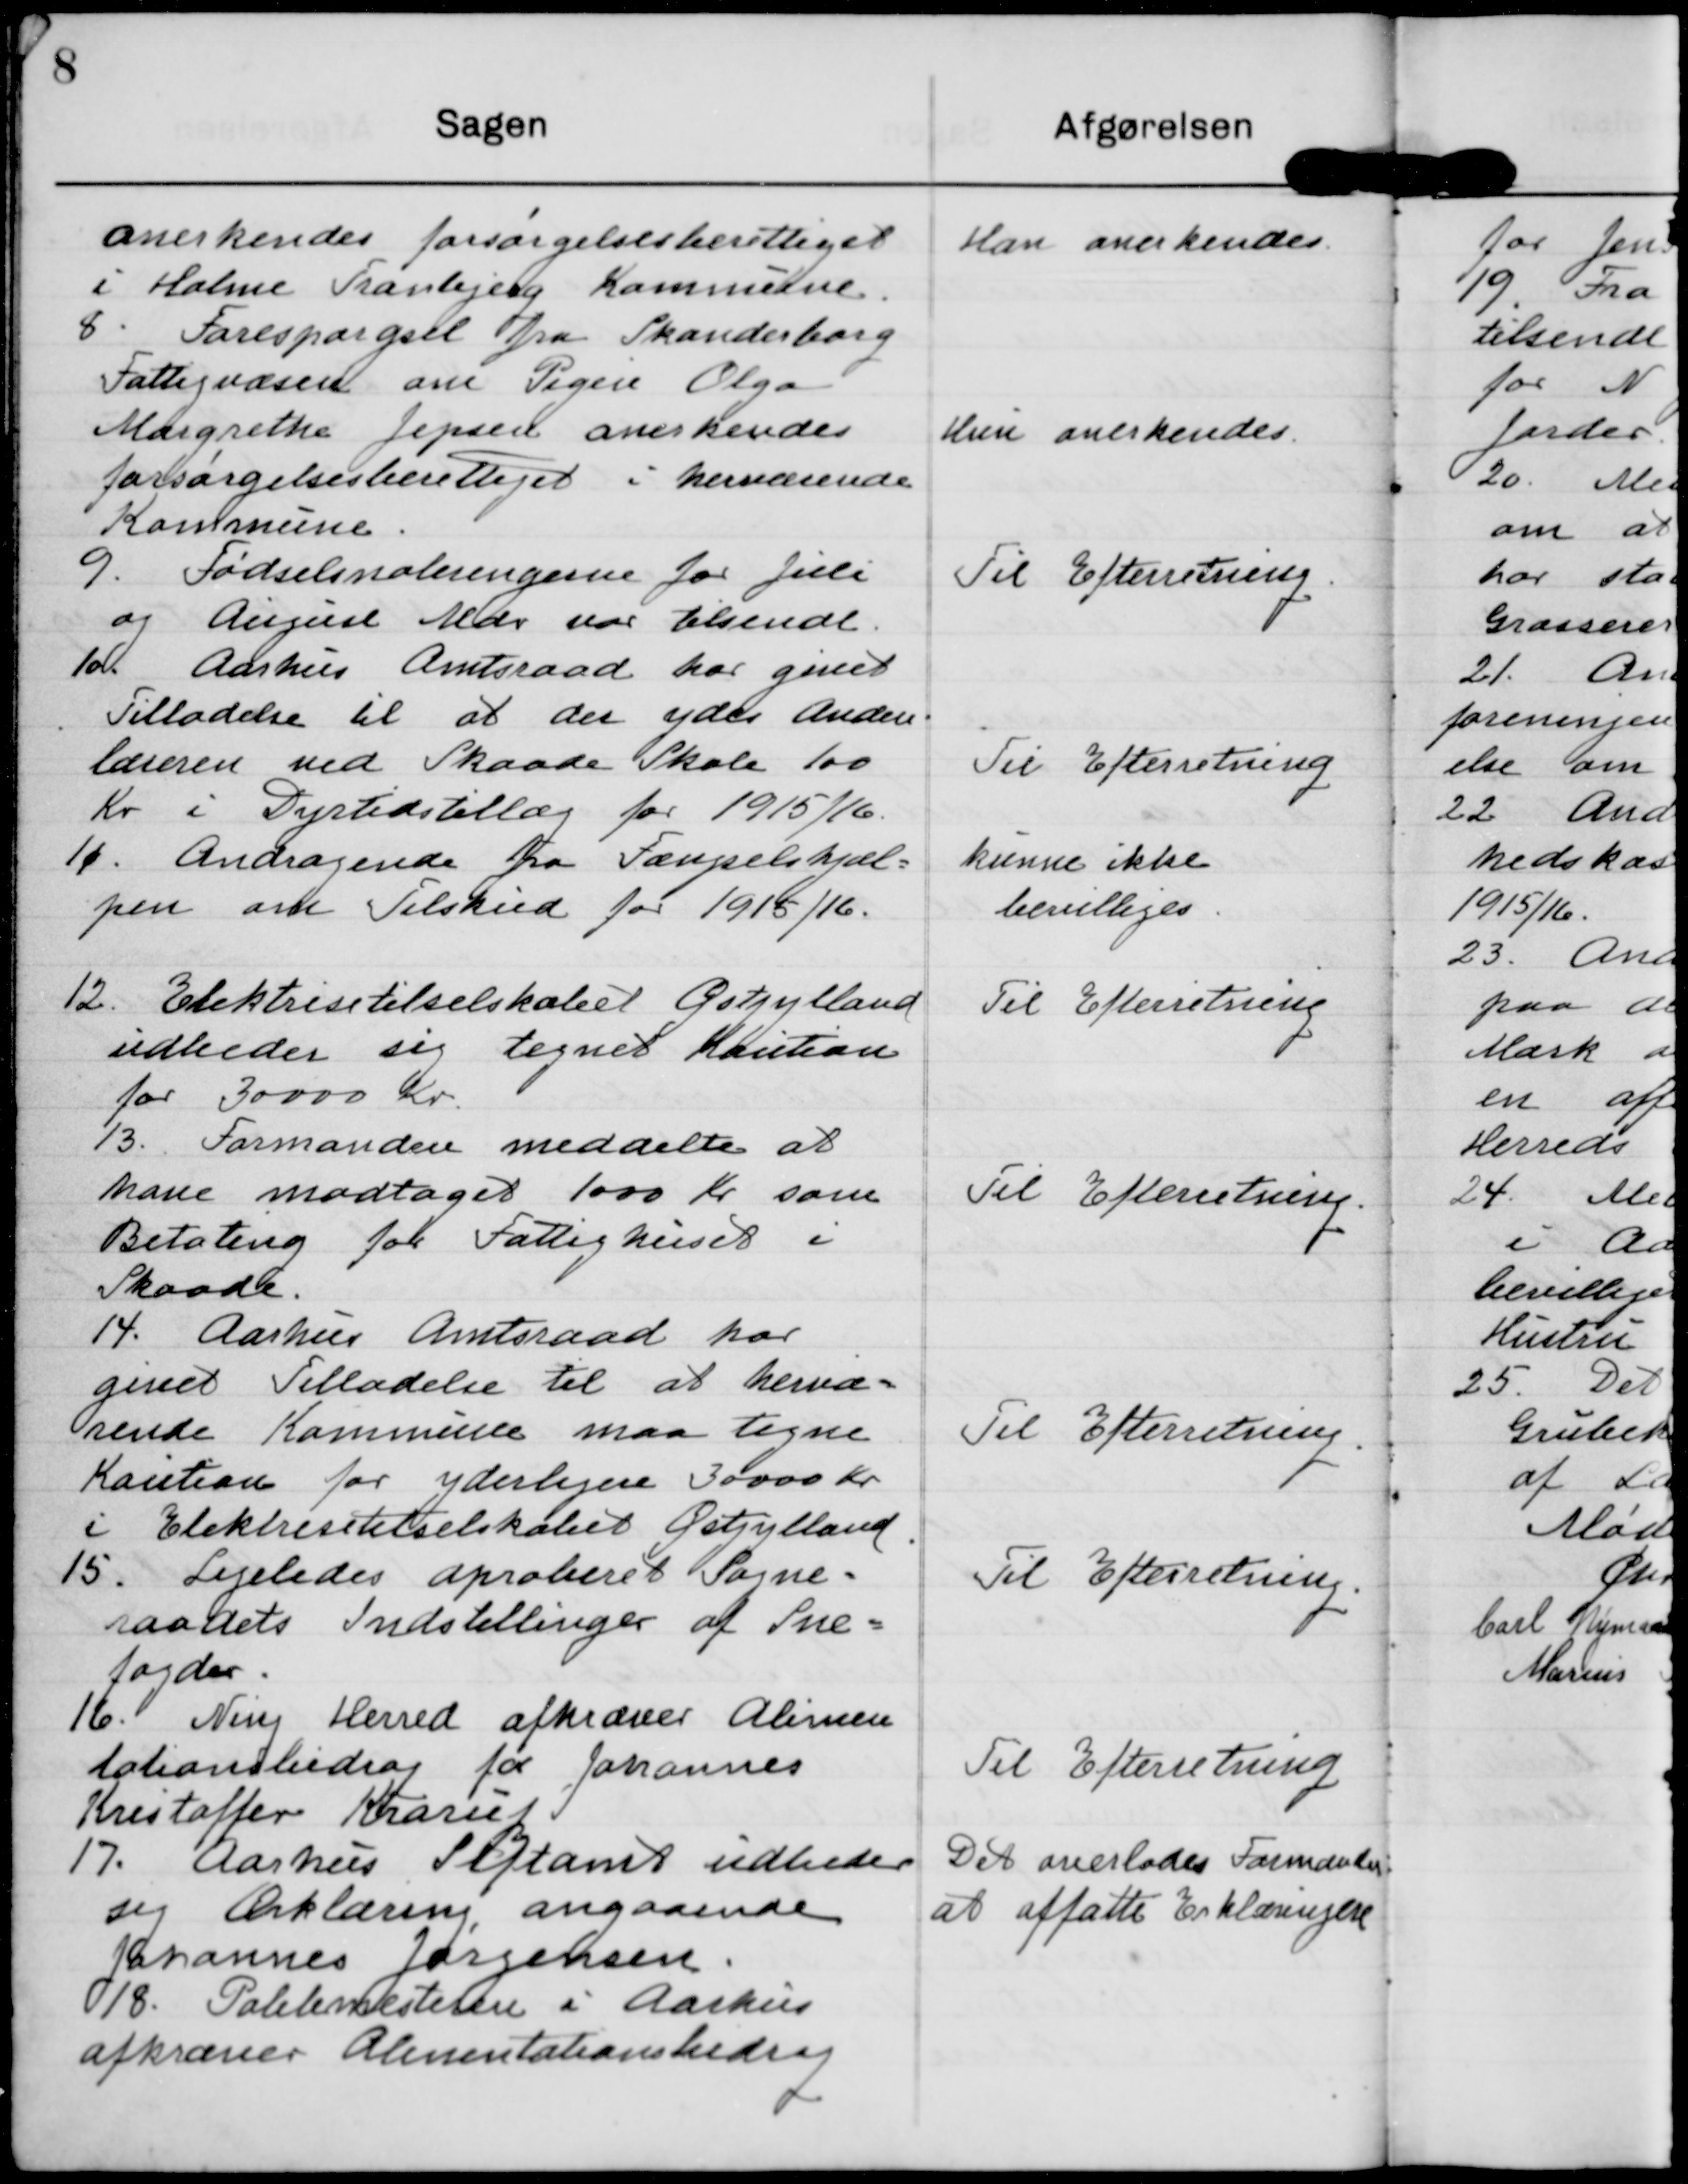
Transskription:
anerkendes forsørgelsesberettiget
i Holme Tranbjerg Kommune.

Han anerkendes.

8. Forespørgsel fra Skanderborg
Fattigvæsen om Pigen Olga
Margrethe Jepsen anerkendes
forsørgelsesberettiget i herværende
Kommune.

Hun anerkendes.

9. Fødselsnoteringerne for Juli
og August Mdr var tilsendt.

Til Efterretning.

10. Aarhus Amtsraad har givet
Tilladelse til at der ydes Anden-
læreren ved Skaade Skole 100
Kr i Dyrtidstillæg for 1915/16.

Til Efterretning.

11. Andragende fra Fængselshjæl=
pen om Tilskud for 1915/16.

Kunne ikke
bevilliges.

12. Elektrisitetselskabet Østjylland
udbeder sig tegnet Kaution
for 30000 Kr.

Til Efterretning

13. Formanden meddelte at
have modtaget 1000 Kr som
Betaling for Fattighuset i
Skaade.

Til Efterretning.

14. Aarhus Amtsraad har
givet tilladelse til at hervæ=
rende Kommune maa tegne
Kaution for yderligere 30000 Kr
i Elektrisitetselskabet Østjylland.

Til Efterretning.

15. Ligeledes aproberet Sogne-
raadets Indstillinger af Sne=
fogder.

Til Efterretning.

16. Ning Herred afkræver Alimen-
tationsbidrag for Johannes
Kristoffer Krarup.

Til Efterretning.

17. Aarhus Stiftamt udbeder
sig Erklæring angaande
Johannes Jørgensen.

Det overlodes Formanden
at affatte Erklæringen

18. Politimesteren i Aarhus
afkræver Alimentationsbidrag